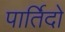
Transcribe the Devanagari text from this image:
पार्तिदो